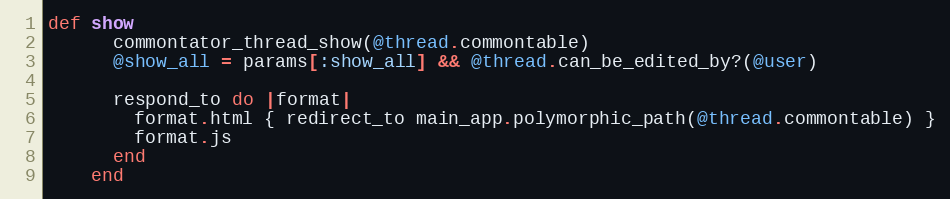
Language: Ruby
def show
      commontator_thread_show(@thread.commontable)
      @show_all = params[:show_all] && @thread.can_be_edited_by?(@user)

      respond_to do |format|
        format.html { redirect_to main_app.polymorphic_path(@thread.commontable) }
        format.js
      end
    end